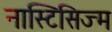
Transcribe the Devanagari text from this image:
नास्टिसिज्म